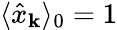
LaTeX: \langle\hat{x}_{\mathbf k}\rangle_{0}=1